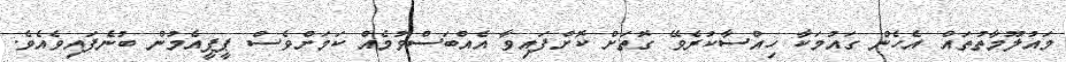
މައުލޫމާތުތައް އެހެން ގައުމަކާ ހިއްސާކުރެވޭ ގޮތަށް ކޮށްފައިވާ އެއްބަސްވުމެއް ކަމަށްވެސް ޕީޕީއެމުން ބުނެފައިވެއެވެ.